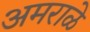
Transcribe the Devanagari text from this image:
अमराळे